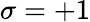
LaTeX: \sigma=+1